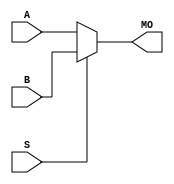
module hardcopyiii_b17mux21 (MO, A, B, S);
   input [16:0] A, B;
   input 	S;
   output [16:0] MO; 
   assign MO = (S == 1) ? B : A; 
endmodule